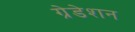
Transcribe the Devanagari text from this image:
ग्रेडेशन